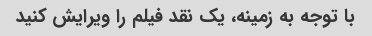
با توجه به زمینه، یک نقد فیلم را ویرایش کنید